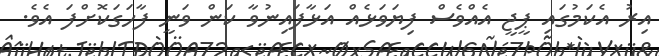
އިރު އެކަމުގައި ޕީޖީ އެއްވެސް ފިޔަވަޅެއް އަޅާފައިނުވާ ކަން ވަނީ ފާހަގަކޮށްފަ އެވެ.